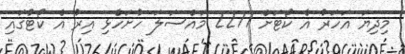
މިދިޔަ އަހަރު އެ ކޯޓަށް 2277 މައްސަލަ ހުށަހެޅި އިރު އެ ކޯޓުގައި